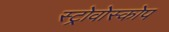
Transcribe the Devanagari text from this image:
स्ट्रोवोस्कोप